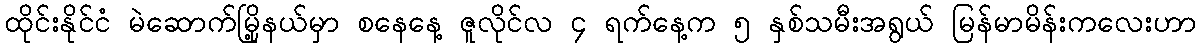
ထိုင်းနိုင်ငံ မဲဆောက်မြို့နယ်မှာ စနေနေ့ ဇူလိုင်လ ၄ ရက်နေ့က ၅ နှစ်သမီးအရွယ် မြန်မာမိန်းကလေးဟာ